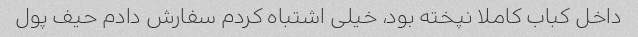
داخل کباب کاملا نپخته بود، خیلی اشتباه کردم سفارش دادم حیف پول